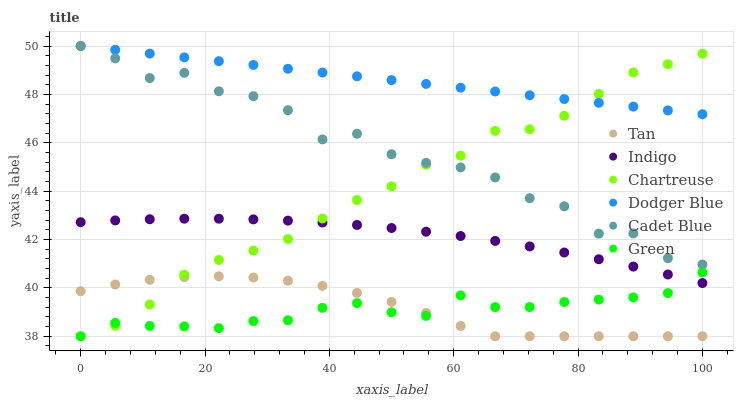
| xaxis_label | Tan | Indigo | Chartreuse | Dodger Blue | Cadet Blue | Green |
 | --- | --- | --- | --- | --- | --- | --- |
 | 0 | 39.9 | 42.7 | 38 | 50 | 50 | 38 |
 | 5.56 | 40.1 | 42.8 | 38.4 | 49.8 | 49.5 | 38.6 |
 | 11.1 | 40.3 | 42.8 | 39.3 | 49.7 | 48.7 | 38.4 |
 | 16.7 | 40.4 | 42.9 | 40.5 | 49.5 | 48.9 | 38.4 |
 | 22.2 | 40.5 | 42.9 | 41.2 | 49.4 | 48.1 | 38.3 |
 | 27.8 | 40.4 | 42.8 | 41.5 | 49.2 | 47.9 | 38.6 |
 | 33.3 | 40.3 | 42.8 | 42 | 49.1 | 47.3 | 38.7 |
 | 38.9 | 40.1 | 42.7 | 42.9 | 48.9 | 46.1 | 39.2 |
 | 44.4 | 39.8 | 42.6 | 43.6 | 48.7 | 46.4 | 39.4 |
 | 50 | 39.4 | 42.5 | 44.2 | 48.6 | 45.5 | 39 |
 | 55.6 | 39 | 42.3 | 45.1 | 48.4 | 45.2 | 38.8 |
 | 61.1 | 38.4 | 42.1 | 45.5 | 48.3 | 45 | 39.7 |
 | 66.7 | 38 | 41.9 | 46.5 | 48.1 | 44.6 | 39.2 |
 | 72.2 | 38 | 41.7 | 46.6 | 48 | 43.7 | 39.2 |
 | 77.8 | 38 | 41.5 | 47.1 | 47.8 | 43.4 | 39.4 |
 | 83.3 | 38 | 41.2 | 48 | 47.7 | 42.2 | 39.5 |
 | 88.9 | 38 | 40.9 | 48.9 | 47.5 | 42.3 | 39.6 |
 | 94.4 | 38 | 40.6 | 49.3 | 47.3 | 41.2 | 39.8 |
 | 100 | 38 | 40.2 | 49.7 | 47.2 | 41 | 40.6 |